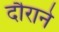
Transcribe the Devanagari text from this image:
दौराने